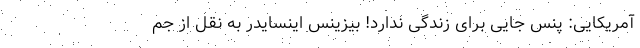
آمریکایی: پنس جایی برای زندگی ندارد! بیزینس اینسایدر به نقل از جم